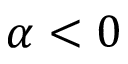
\alpha < 0